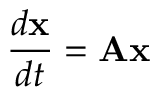
\frac { d { \mathbf { x } } } { d t } = { \bf A } { \mathbf { x } }